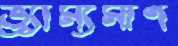
ভ্র্যাম্যমাণ